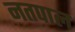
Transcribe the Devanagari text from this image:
नतपाल